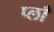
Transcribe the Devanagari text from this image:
प्लाँ